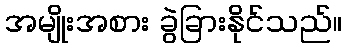
အမျိုးအစား ခွဲခြားနိုင်သည်။